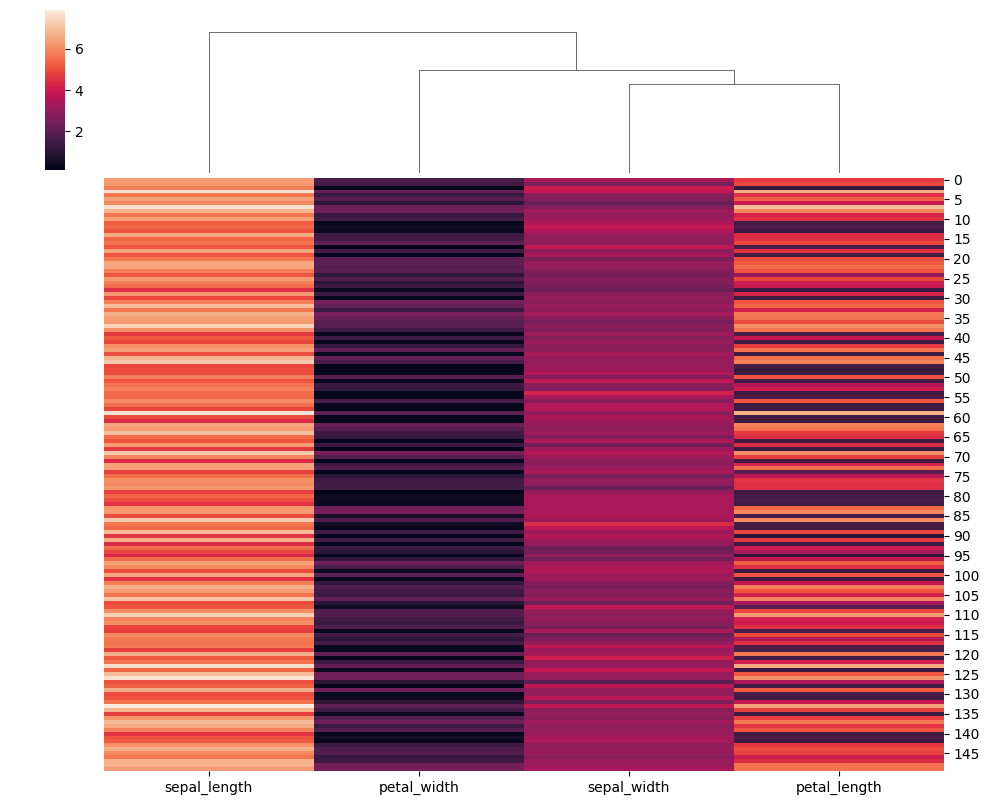
python, seaborn, clustermap, figsize=(10, 8), row_cluster=False, dendrogram_ratio=(0.1, 0.2), cbar_pos=(0.05, 0.8, 0.02, 0.2)